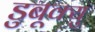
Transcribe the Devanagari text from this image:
डुबूक्यु